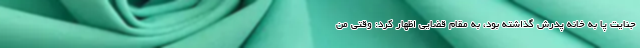
جنایت پا به خانه پدرش گذاشته بود، به مقام قضایی اظهار کرد: وقتی من